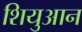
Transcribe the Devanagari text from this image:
शियुआन